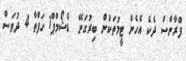
ފްރާންސް ދެކެ އެހެން ޓީމުތަކުން ބިރުގަނޭ  ޑެޝޯމްޕް1 ހަފްތާ 4 ދުވަސް